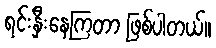
ရင်းနှီးနေကြတာ ဖြစ်ပါတယ်။